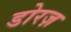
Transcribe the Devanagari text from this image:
डोरज़